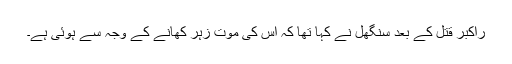
راکبر قتل کے بعد سنگھل نے کہا تھا کہ اس کی موت زہر کھانے کے وجہ سے ہوئی ہے۔